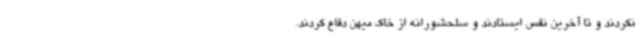
نکردند و تا آخرین نفس ایستادند و سلحشورانه از خاک میهن دفاع کردند.